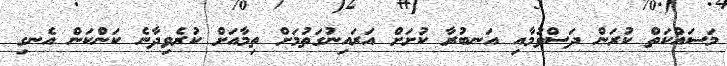
މަސައްކަތް ކުރަން ދަސްވުމާއި އަނބުރާ ކުށަށް އަރައިނުގަތުމަށް ތިމާއަށް ކުރެވިދާނެ ކަންކަން އެނގި